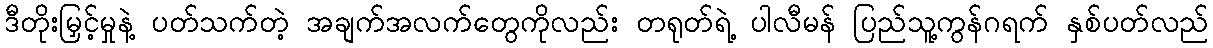
ဒီတိုးမြှင့်မှုနဲ့ ပတ်သက်တဲ့ အချက်အလက်တွေကိုလည်း တရုတ်ရဲ့ ပါလီမန် ပြည်သူ့ကွန်ဂရက် နှစ်ပတ်လည်